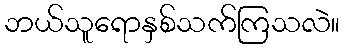
ဘယ်သူရောနှစ်သက်ကြသလဲ။